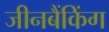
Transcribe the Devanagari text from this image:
जीनबैंकिंग